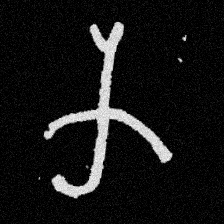
Pyu character \u2014 Myanmar letter: က (romanized: ka)